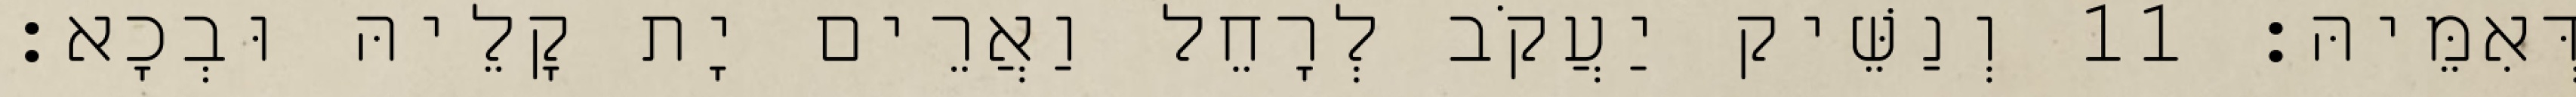
דְּאִמֵּיהּ׃ 11 וְנַשֵּׁיק יַעֲקֹב לְרָחֵל וַאֲרֵים יָת קָלֵיהּ וּבְכָא׃